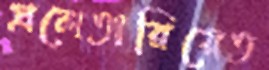
প্রলেতারিয়েত